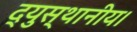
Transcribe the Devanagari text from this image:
द्युस्थानीय।